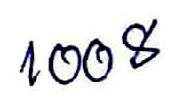
1008